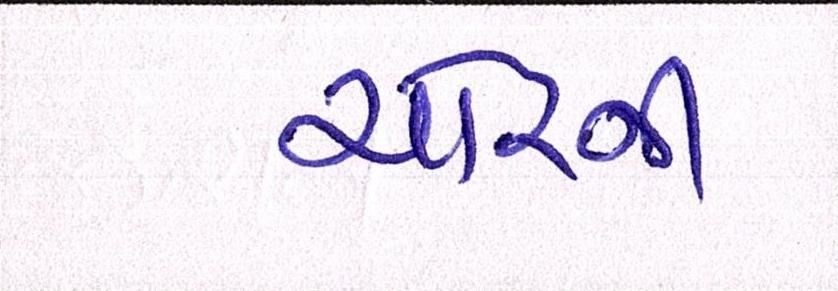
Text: ચોરની